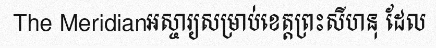
The Meridianអស្ចារ្យសម្រាប់ខេត្តព្រះសីហនុ ដែល